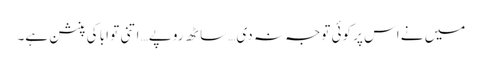
میں نے اس پر کوئی توجہ نہ دی… ساٹھ روپے… اتنی تو ابا کی پنشن ہے۔